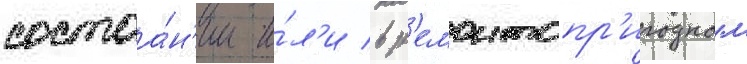
состоа́н'ии и́л'и в р'емонтопр'игодном